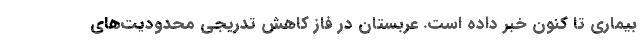
بیماری تا کنون خبر داده است. عربستان در فاز کاهش تدریجی محدودیت‌های